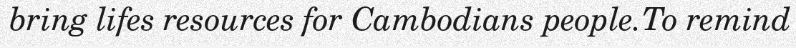
bring lifes resources for Cambodians people.To remind